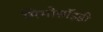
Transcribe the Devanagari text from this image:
मिमोसॉइडी